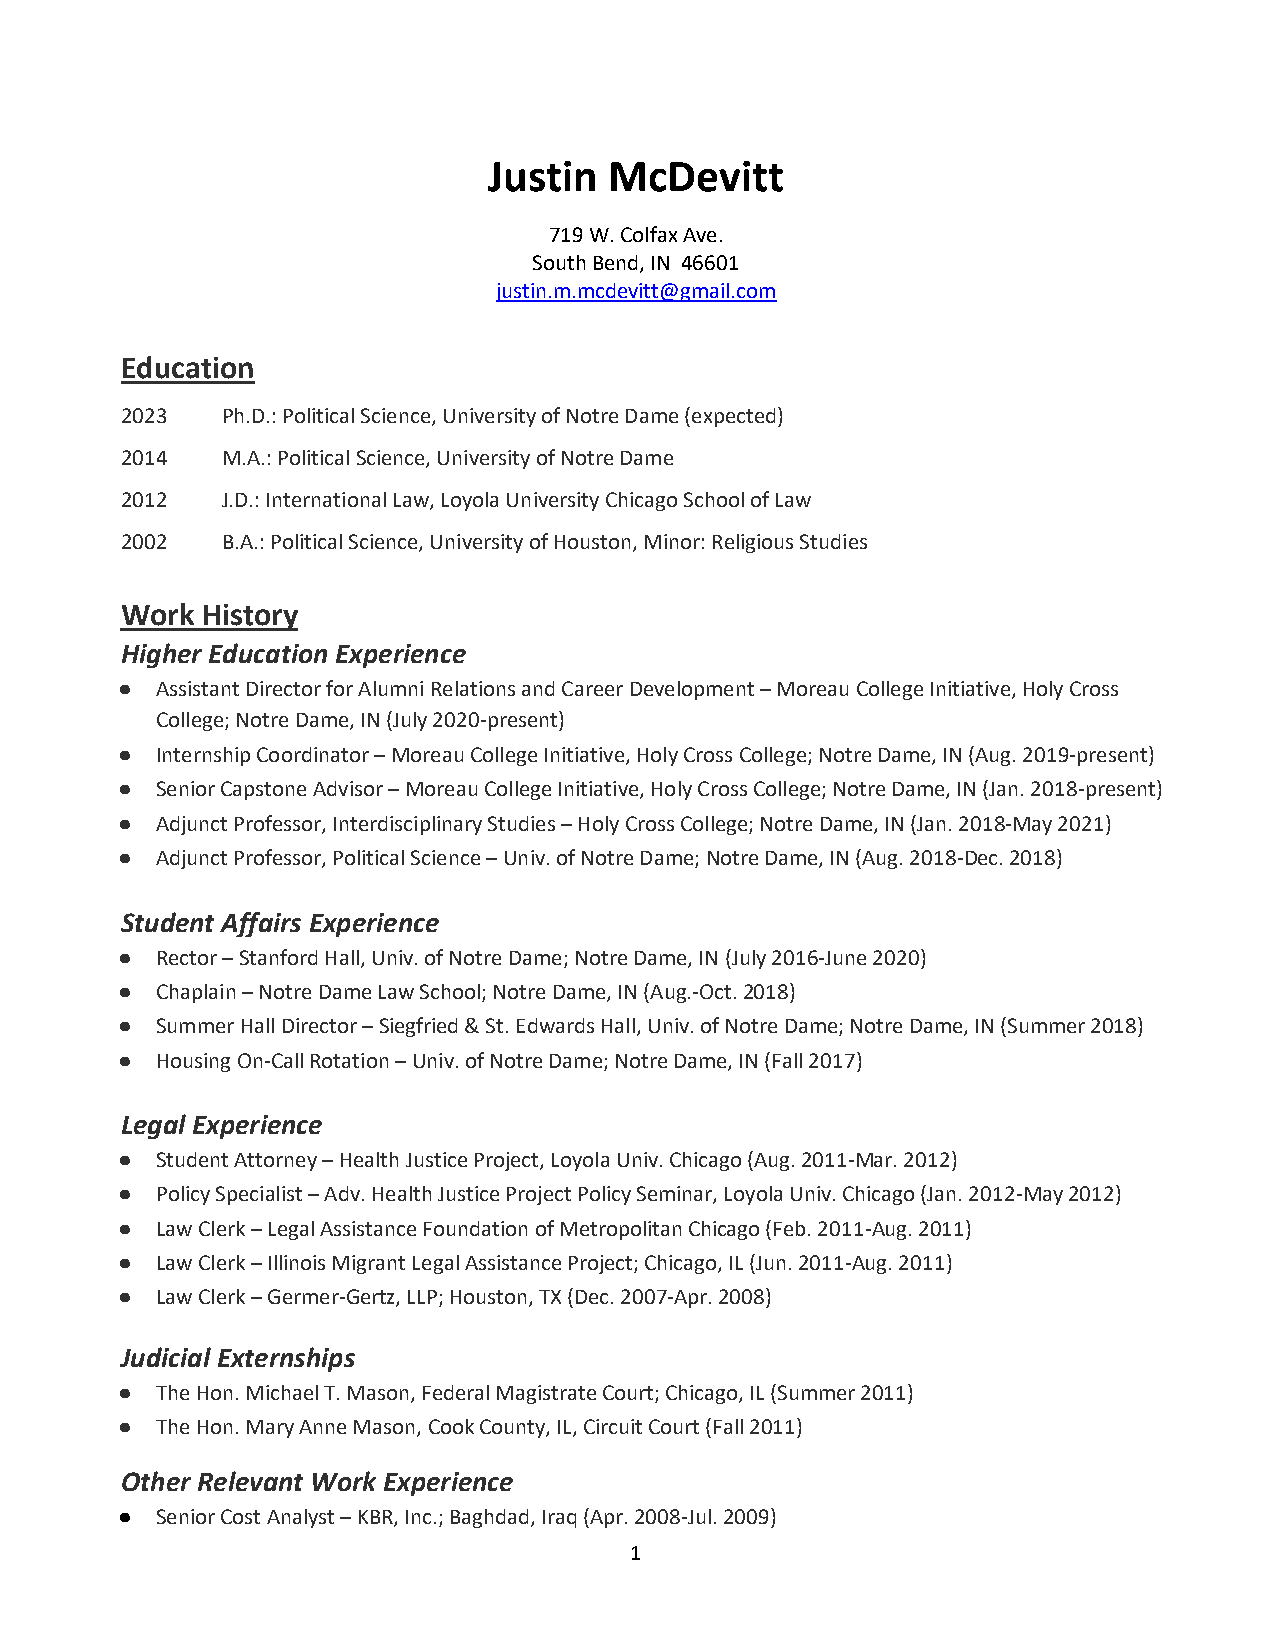
Justin  McDevitt
 719 W. Colfax Ave.
 South Bend, IN 46601
 justin.m.mcdevitt@gmail.com
 Education
 2023   Ph.D.: Political Science, University of Notre Dame (expected)
 2014   M.A.: Political Science, University of Notre Dame
 2012   J.D.: International Law, Loyola University Chicago School of Law
 2002   B.A.: Political Science, University of Houston, Minor: Religious Studies
 Work History
 Higher Education Experience
 ● Assistant Director for Alumni Relations and Career Development – Moreau College Initiative, Holy Cross
 College; Notre Dame, IN (July 2020-present)
 ● Internship Coordinator – Moreau College Initiative, Holy Cross College; Notre Dame, IN (Aug. 2019-present)
 ● Senior Capstone Advisor – Moreau College Initiative, Holy Cross College; Notre Dame, IN (Jan. 2018-present)
 ● Adjunct Professor, Interdisciplinary Studies – Holy Cross College; Notre Dame, IN (Jan. 2018-May 2021)
 ● Adjunct Professor, Political Science – Univ. of Notre Dame; Notre Dame, IN (Aug. 2018-Dec. 2018)
 Student Affairs Experience
 ● Rector – Stanford Hall, Univ. of Notre Dame; Notre Dame, IN (July 2016-June 2020)
 ● Chaplain – Notre Dame Law School; Notre Dame, IN (Aug.-Oct. 2018)
 ● Summer Hall Director – Siegfried & St. Edwards Hall, Univ. of Notre Dame; Notre Dame, IN (Summer 2018)
 ● Housing On-Call Rotation – Univ. of Notre Dame; Notre Dame, IN (Fall 2017)
 Legal Experience
 ● Student Attorney – Health Justice Project, Loyola Univ. Chicago (Aug. 2011-Mar. 2012)
 ● Policy Specialist – Adv. Health Justice Project Policy Seminar, Loyola Univ. Chicago (Jan. 2012-May 2012)
 ● Law Clerk – Legal Assistance Foundation of Metropolitan Chicago (Feb. 2011-Aug. 2011)
 ● Law Clerk – Illinois Migrant Legal Assistance Project; Chicago, IL (Jun. 2011-Aug. 2011)
 ● Law Clerk – Germer-Gertz, LLP; Houston, TX (Dec. 2007-Apr. 2008)
 Judicial Externships
 ● The Hon. Michael T. Mason, Federal Magistrate Court; Chicago, IL (Summer 2011)
 ● The Hon. Mary Anne Mason, Cook County, IL, Circuit Court (Fall 2011)
 Other Relevant Work Experience
 ● Senior Cost Analyst – KBR, Inc.; Baghdad, Iraq (Apr. 2008-Jul. 2009)
 1